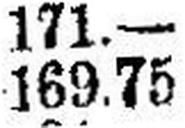
169.75